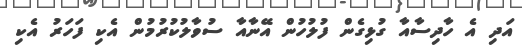
އަދި އެ ހާދިސާއާ ގުޅިގެން ފުލުހުން އޭނާއާ ސުވާލުކުރުމުން އެކި ފަހަރު އެކި